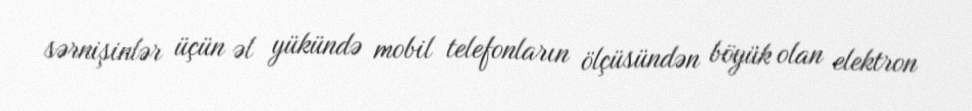
sərnişinlər üçün əl yükündə mobil telefonların ölçüsündən böyük olan elektron